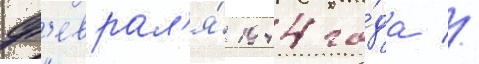
ф'еврал'я́ 1944 го́да //